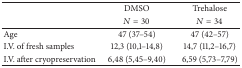
|  | DMSO | Trehalose |
 |  | N = 30 | N = 34 |
 | --- | --- | --- |
 | Age | 47 (37–54) | 47 (42–57) |
 | I.V. of fresh samples | 12,3 (10,1–14,8) | 14,7 (11,2–16,7) |
 | I.V. after cryopreservation | 6,48 (5,45–9,40) | 6,59 (5,73–7,79) |